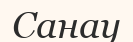
Санау